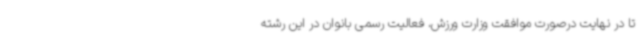
تا در نهایت درصورت موافقت وزارت ورزش، فعالیت رسمی بانوان در این رشته